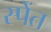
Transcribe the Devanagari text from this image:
स्पेंत